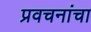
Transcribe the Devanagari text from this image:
प्रवचनांचा